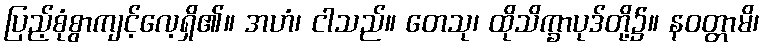
ပြည့်စုံစွာကျင့်လေ့ရှိ၏။ အဟံ၊ ငါသည်။ တေသု၊ ထိုသိက္ခာပုဒ်တို့၌။ နဝတ္တာမိ၊